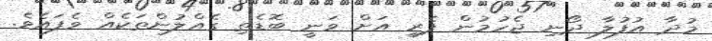
މުދާ އުފުލާ ދޯނި ޖެހުމުން ފެރީ އަށް ވަނީ ބޮޑެތި ގެއްލުންތަކެއް ވެފައެވެ.